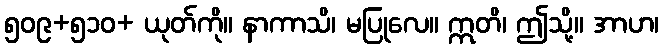
၅၀၉+၅၁၀+ ယုတ်ကို။ နာကာသိ၊ မပြုလေ။ ဣတိ၊ ဤသို့။ အာဟ၊